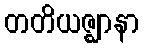
တတိယဇ္ဈာနာ